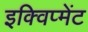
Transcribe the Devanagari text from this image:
इक्विप्मेंट